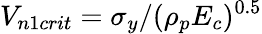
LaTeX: V_{n1crit}=\sigma_{y}/(\rho_{p}E_{c})^{0.5}